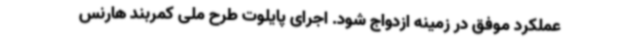
عملکرد موفق در زمینه ازدواج شود. اجرای پایلوت طرح ملی کمربند هارنس